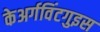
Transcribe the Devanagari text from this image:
केअर्गविंटगुइस